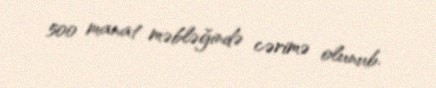
500 manat məbləğində cərimə olunub.